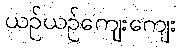
ယဉ်ယဉ်ကျေးကျေး